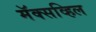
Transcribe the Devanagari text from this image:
मॅक्सव्हिल